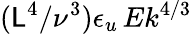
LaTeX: (\mathsf{L}^{4}/\nu^{3})\epsilon_{u}\, Ek^{4/3}